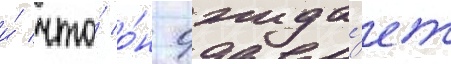
и́ что́ о́н ожида́ет